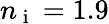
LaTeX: n_{\mathrm{~i~}}=1.9